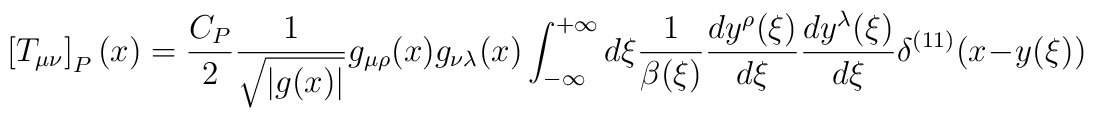
\left[T_{\mu\nu}\right]_P(x)=\frac{C_P}{2}\frac{1}{\sqrt{|g(x)|}}g_{\mu\rho}(x)g_{\nu\lambda}(x)\int_{-\infty}^{+\infty} d\xi\frac{1}{\beta(\xi)}\frac{dy^\rho(\xi)}{d\xi}\frac{dy^\lambda(\xi)}{d\xi}  \delta^{(11)}(x-y(\xi))